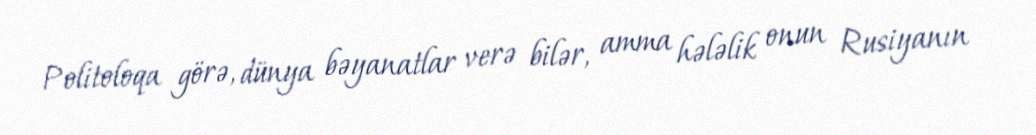
Politoloqa görə, dünya bəyanatlar verə bilər, amma hələlik onun Rusiyanın